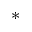
^ *